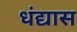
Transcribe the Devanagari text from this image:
धंद्यास